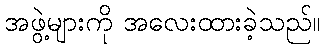
အဖွဲ့များကို အလေးထားခဲ့သည်။